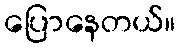
ပြောနေတယ်။